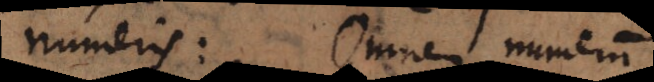
numeris: Omnem numerum